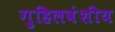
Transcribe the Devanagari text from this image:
गुहिलवंशीय